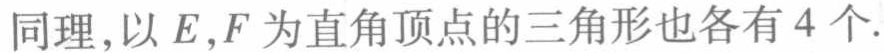
同理,以\(E,F\)为直角顶点的三角形也各有\(4\)个.